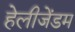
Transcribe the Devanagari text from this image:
हेलीजेंडम